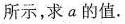
所示，求a的值。